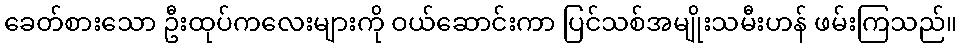
ခေတ်စားသော ဦးထုပ်ကလေးများကို ဝယ်ဆောင်းကာ ပြင်သစ်အမျိုးသမီးဟန် ဖမ်းကြသည်။